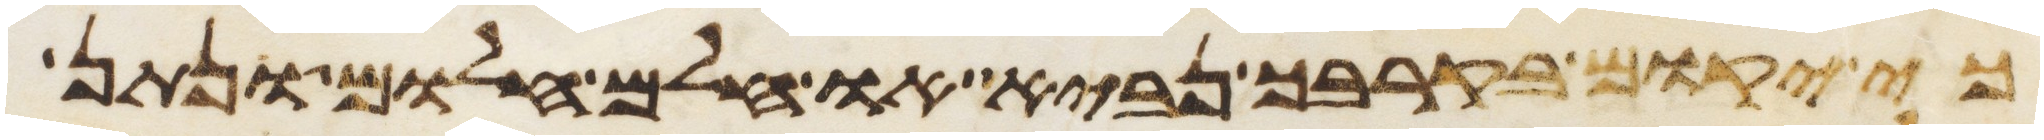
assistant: כי יקום בקרבך נביא או חלם חלום ונתן